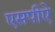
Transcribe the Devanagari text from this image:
एसपीऐ